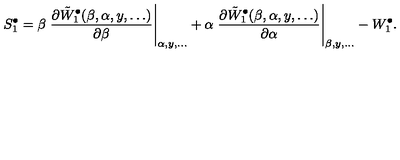
S _ { 1 } ^ { \bullet } = \beta \left. { \frac { \partial { \tilde { W } _ { 1 } ^ { \bullet } ( \beta , \alpha , y , \ldots ) } } { \partial \beta } } \right| _ { \alpha , y , \ldots } + \alpha \left. { \frac { \partial { \tilde { W } _ { 1 } ^ { \bullet } ( \beta , \alpha , y , \ldots ) } } { \partial \alpha } } \right| _ { \beta , y , \ldots } - W _ { 1 } ^ { \bullet } .